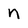
Character: n